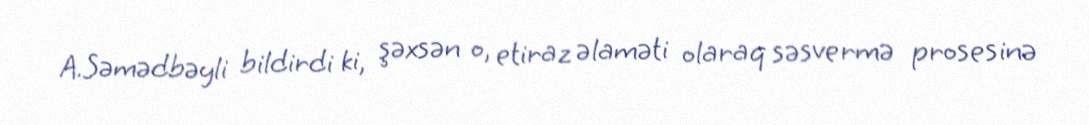
A.Səmədbəyli bildirdi ki, şəxsən o, etiraz əlaməti olaraq səsvermə prosesinə